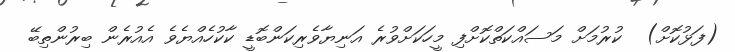
(ފަޅުކޮށް)  ކުރުމަށް މަސައްކަތްކޮށްފި މީހަކަށްވުރެ އަނިޔާވެރިކަންބޮޑީ ކާކުހެއްޔެވެ އެއުރެން ބިރުންތިބޭ